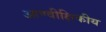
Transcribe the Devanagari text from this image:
आण्वीक्षिकीय